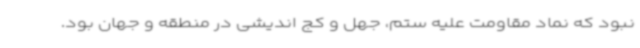
نبود که نماد مقاومت علیه ستم، جهل و کج اندیشی در منطقه و جهان بود.